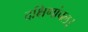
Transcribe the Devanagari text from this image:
दक्षिणांचल।